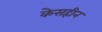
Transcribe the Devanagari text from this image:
केसहीन